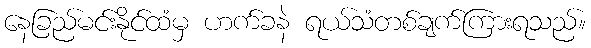
နေခြည်မင်းနိုင်ထံမှ ဟက်ခနဲ ရယ်သံတစ်ချက်ကြားရသည်။